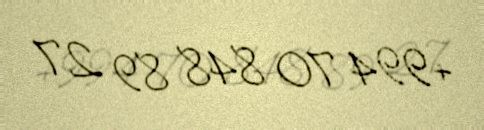
+994 70 848 89 27